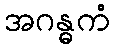
အဂန္ဓကံ